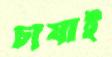
চাষাই